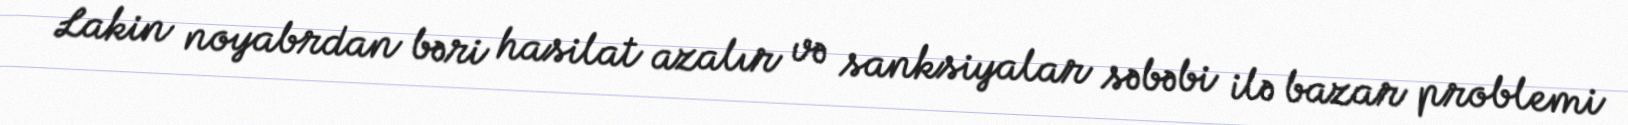
Lakin noyabrdan bəri hasilat azalır və sanksiyalar səbəbi ilə bazar problemi